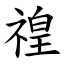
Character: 䄓